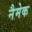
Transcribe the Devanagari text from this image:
नैमेक